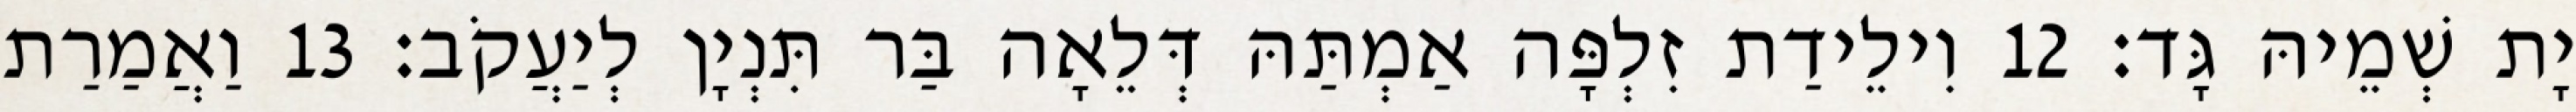
יָת שְׁמֵיהּ גָּד׃ 12 וִילֵידַת זִלְפָּה אַמְתַּהּ דְּלֵאָה בַּר תִּנְיָן לְיַעֲקֹב׃ 13 וַאֲמַרַת